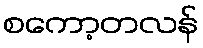
စကော့တလန်